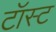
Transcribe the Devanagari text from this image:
टॉस्ट